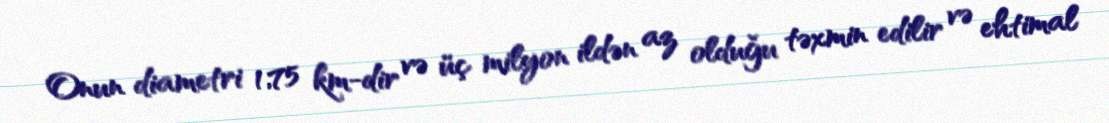
Onun diametri 1,75 km-dir və üç milyon ildən az olduğu təxmin edilir və ehtimal